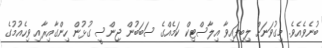
ބުނެވެއެވެ. މިގުވަނަށް ލިބިފައިވާ އިލާސްޓިކް ކަމެއްގެ ސަބަބުން ޖިންސީ ގުޅުން ހިންގާއިރާއި ވިހެއުމުގެ